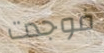
فوجدت